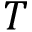
T